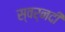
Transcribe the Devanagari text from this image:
स्वर्नदी